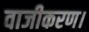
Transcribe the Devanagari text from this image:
वाजीकरण।